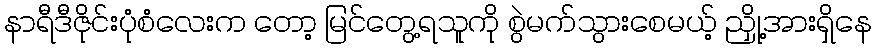
နာရီဒီဇိုင်းပုံစံလေးက တော့ မြင်တွေ့ရသူကို စွဲမက်သွားစေမယ့် ညှို့အားရှိနေ